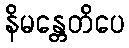
နိမန္တေတိပေ